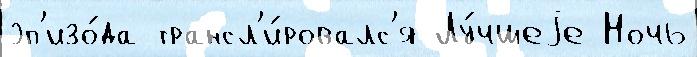
эп'изо́да трансл'и́ровалс'я Лу́чшеjе Ночь